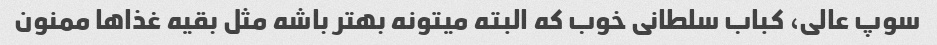
سوپ عالی، کباب سلطانی خوب که البته میتونه بهتر باشه مثل بقیه غذاها ممنون